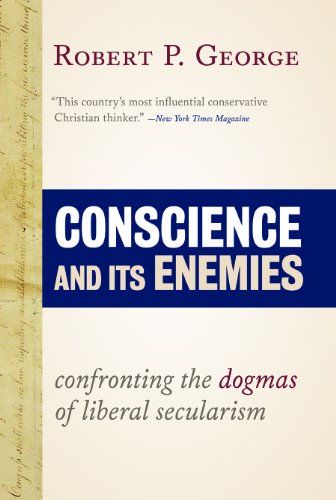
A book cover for Conscience and Its Enemies: Confronting the Dogmas of Liberal Secularism (American Ideals & Institutions); Robert P George; Religion & Spirituality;